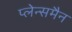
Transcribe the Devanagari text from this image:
प्लेन्समैन